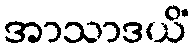
အာသာဒယိံ